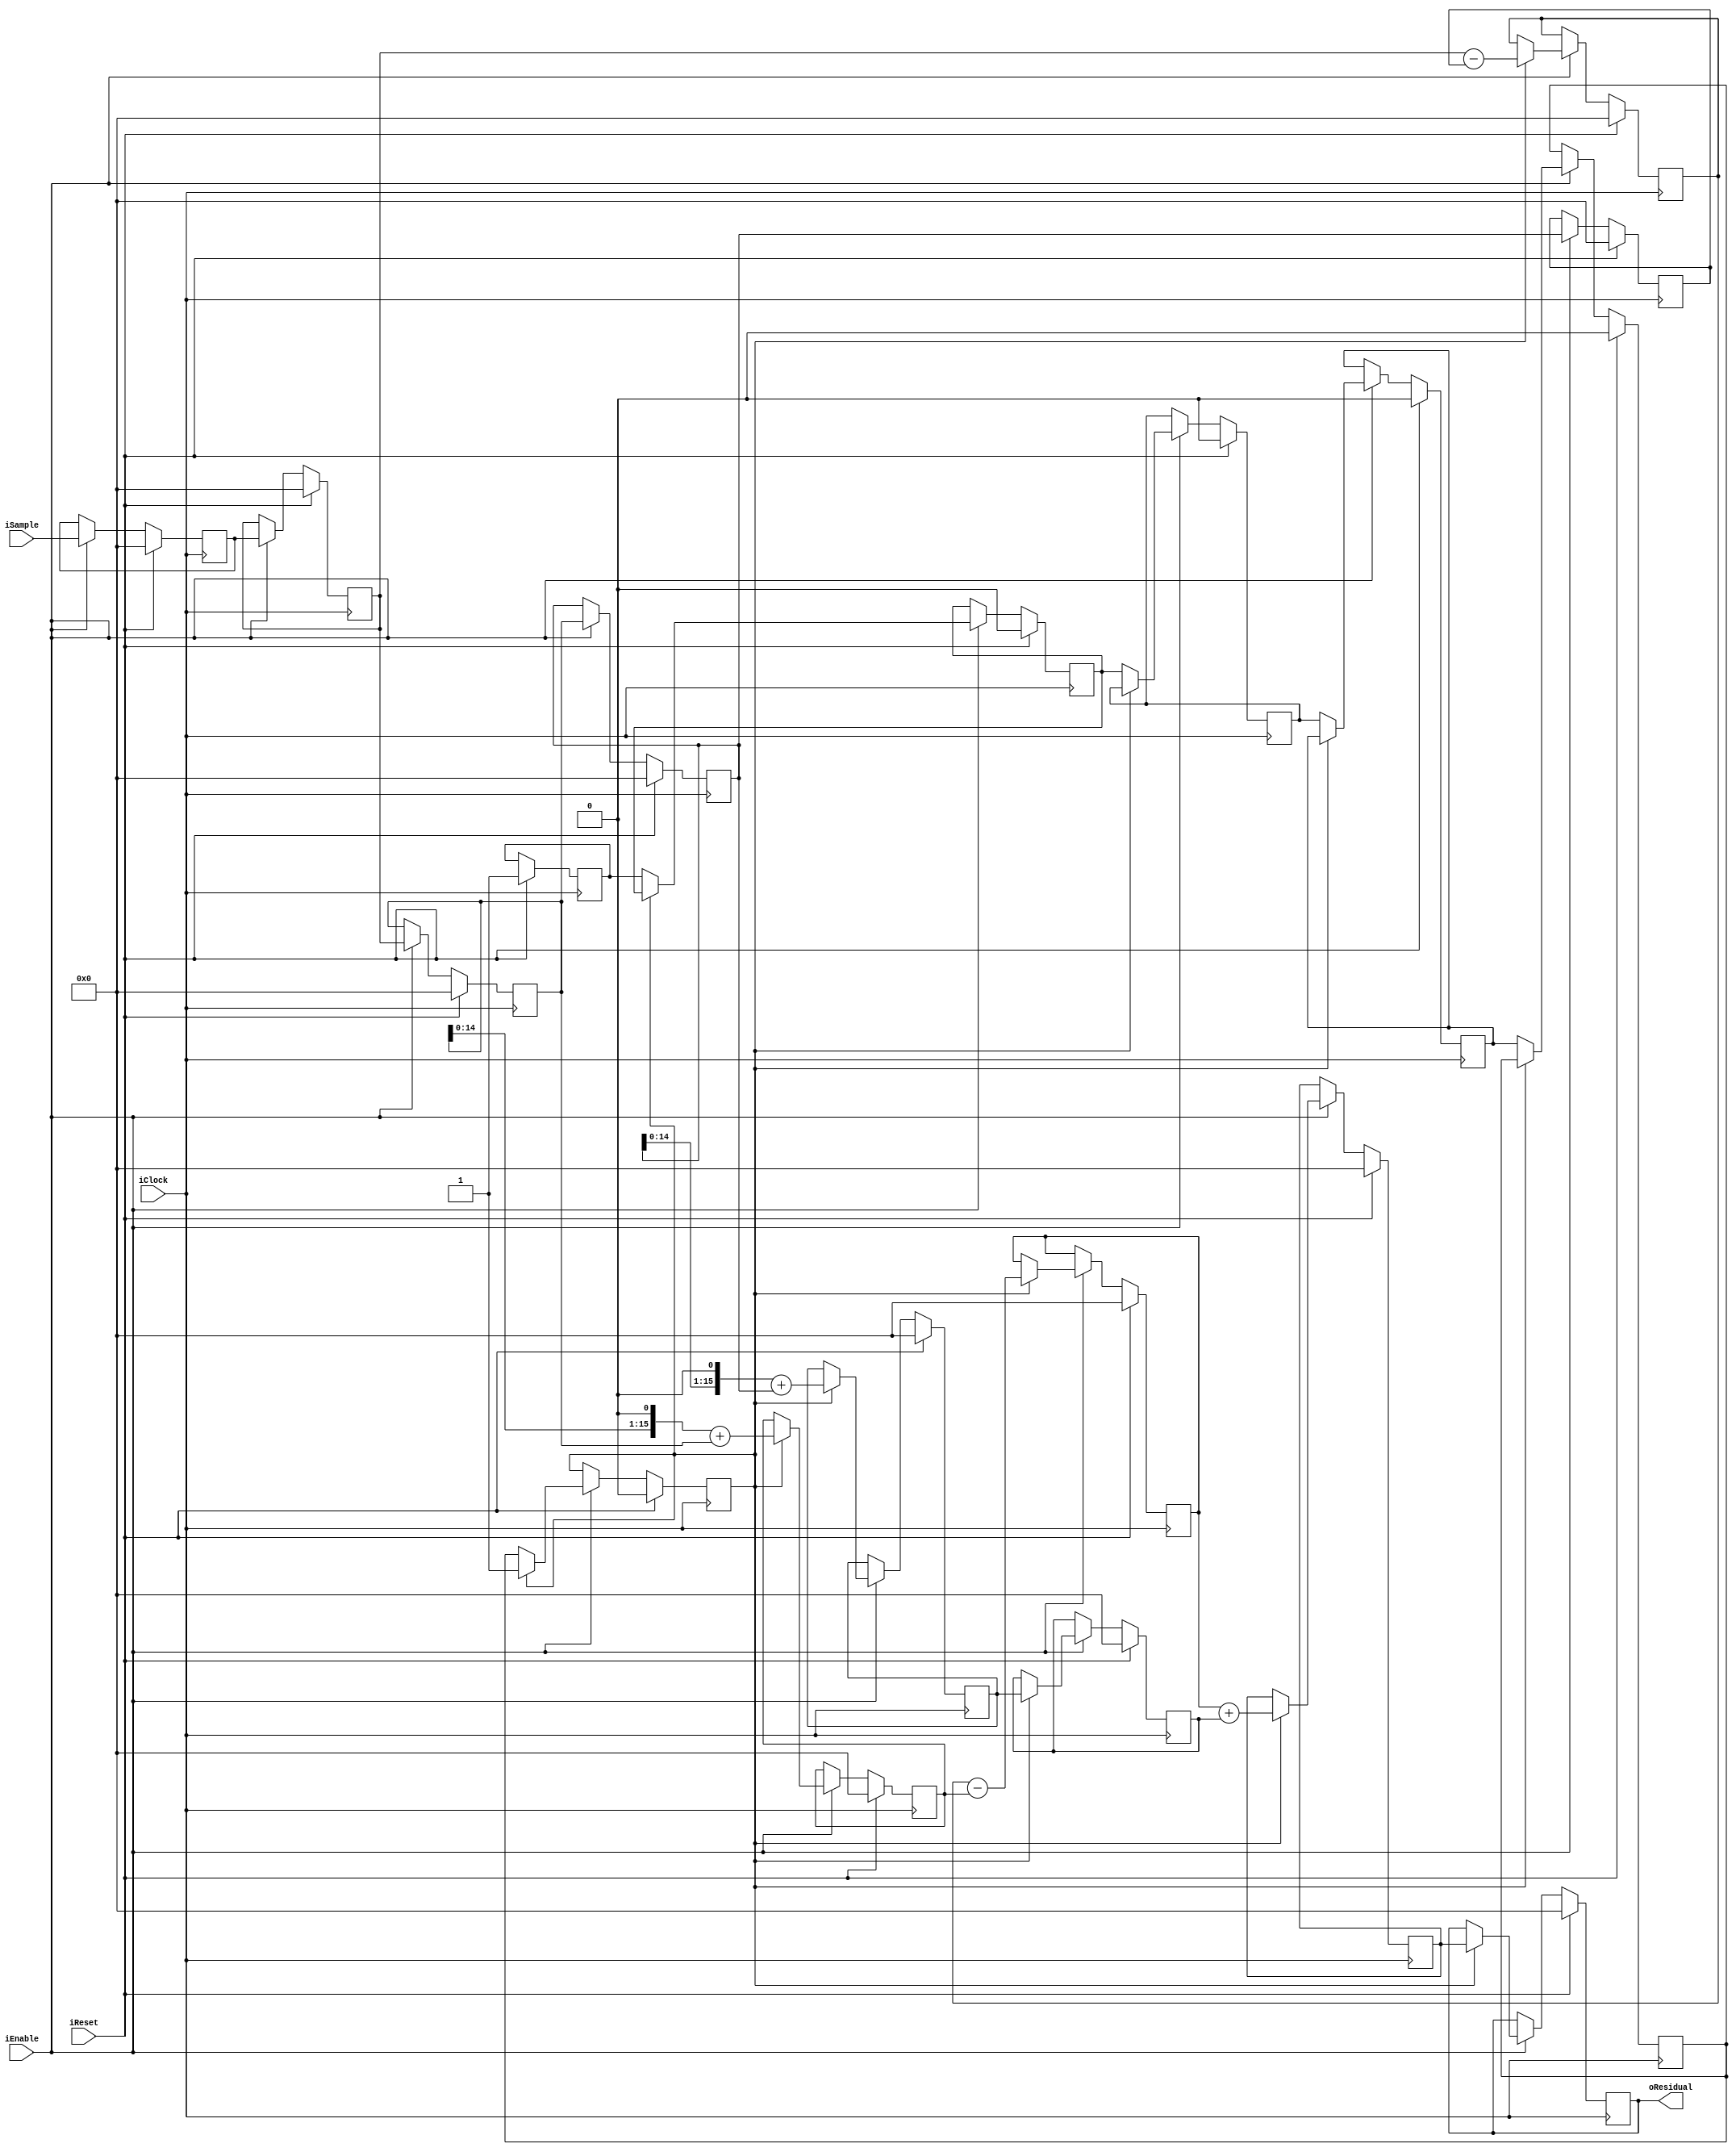
module FixedEncoderOrder3 (input wire iClock, 
                           input wire iEnable,
                           input wire iReset,
                           input wire signed [15:0] iSample,
                           output wire signed [15:0] oResidual);
/* 
 * Latency is 8 cycles after enable signal
 */
 
reg signed [15:0] dataq [0:3];
reg signed [15:0] sample_r, termA, termB, termC, termCd1, termD;
reg signed [15:0] residual, residual_d1;

reg warmup;
reg warmup_d1, warmup_d2, warmup_d3, warmup_d4, warmup_d5;

integer i;

assign oResidual = residual_d1;

always @(posedge iClock)
begin
    if (iReset) begin
        sample_r <= 16'b0;
        
        warmup <= 1;
        warmup_d1 <= 0;
        warmup_d2 <= 0;
        warmup_d3 <= 0;
        warmup_d4 <= 0;
        warmup_d5 <= 0;
        
        for (i = 0; i <= 3; i = i + 1) begin
            dataq[i] <= 16'b0;
        end
        
        residual <= 16'b0;
        residual_d1 <= 16'b0;
        
        termA <= 16'b0;
        termB <= 16'b0;
        termC <= 16'b0;
        termCd1 <= 16'b0;
        termD <= 16'b0;
    end else if (iEnable) begin
        // Register the input
        sample_r <= iSample;
        
        // Shift the data queue down
        for (i = 1; i <= 3; i = i + 1) begin
            dataq[i] <= dataq[i - 1];
        end
        
        // Feed the queue
        dataq[0] <= sample_r;
        
        // Fill the queue and then wait 1 cycle
        if (!warmup_d5) begin
            warmup_d1 <= warmup;
            warmup_d2 <= warmup_d1;
            warmup_d3 <= warmup_d2;
            warmup_d4 <= warmup_d3;
            warmup_d5 <= warmup_d4;
        end else begin
            // Phase 1 of pipeline
            termA <= dataq[0] - dataq[3];
            termB <= (dataq[1] << 1) + dataq[1];
            termC <= (dataq[2] << 1) + dataq[2];
            
            // Phase 2 of pipeline
            termD <= termA - termB;
            termCd1 <= termC;
            
            // Phase 3 of pipeline
            residual <= termD + termCd1;
            
            // Delay so it is the same latency as order 4
            residual_d1 <= residual;
        end
    end
end
endmodule